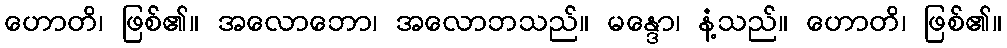
ဟောတိ၊ ဖြစ်၏။ အလောဘော၊ အလောဘသည်။ မန္ဒော၊ နံ့သည်။ ဟောတိ၊ ဖြစ်၏။